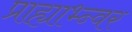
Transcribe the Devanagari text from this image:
प्राह्याभ्न्वर